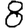
Digit: 8